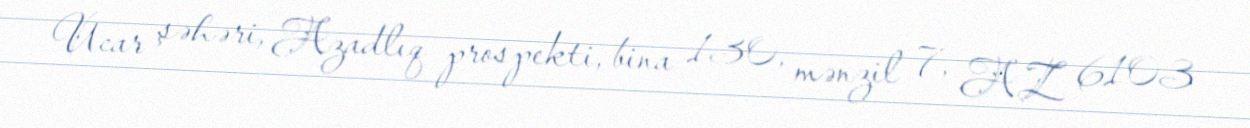
Ucar şəhəri, Azadlıq prospekti, bina 130, mənzil 7, AZ 6103